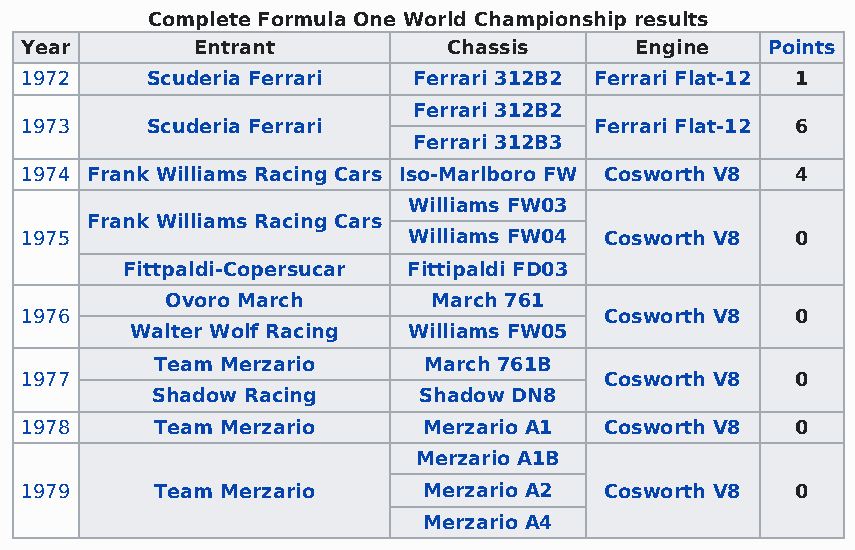
Complete Formula One World Championship results
 Year        Entrant          Chassis     Engine   Points
 1972     Scuderia Ferrari Ferrari 312B2 Ferrari Flat-12 1
 Ferrari 312B2
 1973     Scuderia Ferrari             Ferrari Flat-12 6
 Ferrari 312B3
 1974 Frank Williams Racing Cars Iso-Marlboro FW Cosworth V8 4
 Williams FW03
 Frank Williams Racing Cars
 1975                      Williams FW04 Cosworth V8 0
 Fittpaldi-Copersucar Fittipaldi FD03
 Ovoro March       March 761
 1976                                   Cosworth V8  0
 Walter Wolf Racing Williams FW05
 Team Merzario     March 761B
 1977                                   Cosworth V8  0
 Shadow Racing     Shadow DN8
 1978     Team Merzario     Merzario A1 Cosworth V8  0
 Merzario A1B
 1979     Team Merzario     Merzario A2 Cosworth V8  0
 Merzario A4